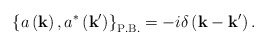
\begin{align*}\left\{a\left({\bf k}\right),a^{\ast}\left({\bf k'}\right)\right\}_{\rm P.B.}=-i\delta\left({\bf k}-{\bf k'}\right).\end{align*}